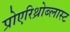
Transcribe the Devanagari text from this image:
प्रोएरिथ्रोब्लास्ट